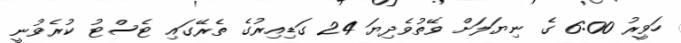
ހަވީރު 6:00 ގެ ނިޔަލަށް ވޭތުވެދިޔަ 24 ގަޑިއިރުގެ ތެރޭގައި ޓެސްޓު ކުރެވުނީ